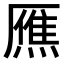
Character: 𤎝